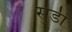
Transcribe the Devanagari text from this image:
सुडी